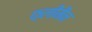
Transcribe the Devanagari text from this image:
फ्लीमैन